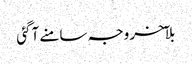
بلآخر وجہ سامنے آگئی